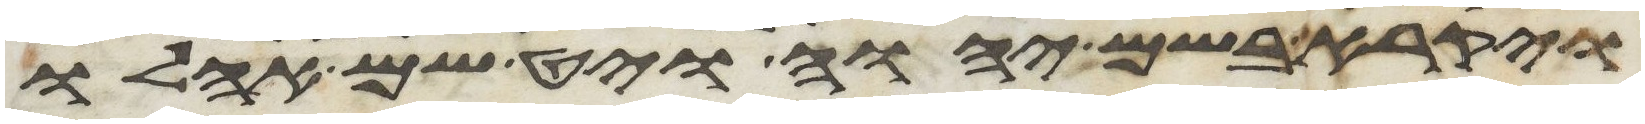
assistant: ויקרא בשם יהוה ויט שם אהלו